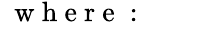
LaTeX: \begin{array}{rl}{~\mathrm{~w~h~e~r~e~:~~~~~~~}}&{{}}\end{array}